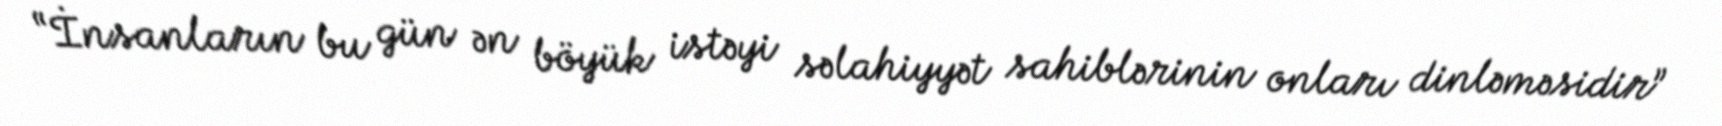
“İnsanların bu gün ən böyük istəyi səlahiyyət sahiblərinin onları dinləməsidir”